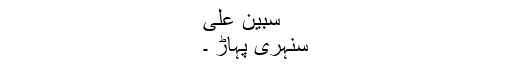
سبین علی
سنہری پہاڑ ۔